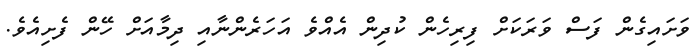
ވަށައިގެން ފަސް ވަރަކަށް ފިރިހެން ކުދިން އެއްވެ އަހަރެންނާއި ދިމާއަށް ހޭން ފެށިއެވެ.